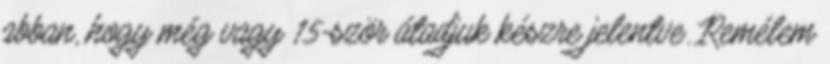
abban, hogy még vagy 15-ször átadjuk készre jelentve. Remélem